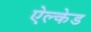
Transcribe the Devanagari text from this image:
ऐल्केड